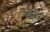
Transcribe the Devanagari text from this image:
मावू